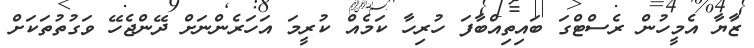
ޒާޔާ އެމީހުން ރެސްޓްގަ ބައިތިއްބާފަ ހުރިހާ ކަމެއް ކުރީމަ އަހަރެންނަށް ދޭންޖެހޭ ވަގުތުތަކަށް